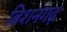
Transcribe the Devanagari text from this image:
बिशनगढ़